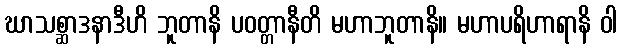
ဃာသစ္ဆာဒနာဒီဟိ ဘူတာနိ ပဝတ္တာနီတိ မဟာဘူတာနိ။ မဟာပရိဟာရာနိ ဝါ